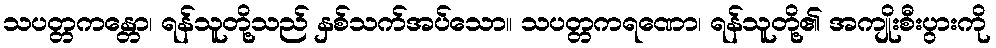
သပတ္တကန္တော၊ ရန်သူတို့သည် နှစ်သက်အပ်သော။ သပတ္တကရဏော၊ ရန်သူတို့၏ အကျိုးစီးပွားကို